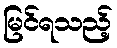
မြင်ရသည့်